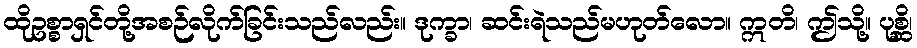
ထိုဥစ္စာရှင်တို့အစဉ်လိုက်ခြင်းသည်လည်း။ ဒုက္ခာ၊ ဆင်းရဲသည်မဟုတ်လော။ ဣတိ၊ ဤသို့။ ပုစ္ဆိ၊